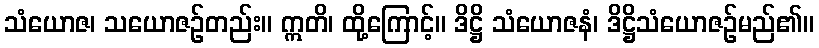
သံယောဇ၊ သယောဇဉ်တည်း။ ဣတိ၊ ထို့ကြောင့်။ ဒိဋ္ဌိ သံယောဇနံ၊ ဒိဋ္ဌိသံယောဇဉ်မည်၏။